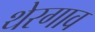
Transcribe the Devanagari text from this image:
थेरगाव